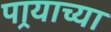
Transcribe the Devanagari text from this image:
पार्‍याच्या